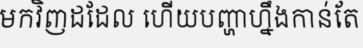
មកវិញដដែល ហើយបញ្ហាហ្នឹងកាន់តែ